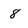
Character: 8